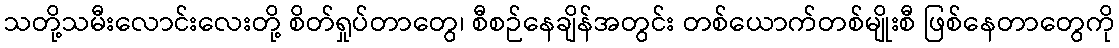
သတို့သမီးလောင်းလေးတို့ စိတ်ရှုပ်တာတွေ၊ စီစဉ်နေချိန်အတွင်း တစ်ယောက်တစ်မျိုးစီ ဖြစ်နေတာတွေကို